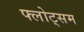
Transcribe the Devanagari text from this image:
फ्लोट्सम